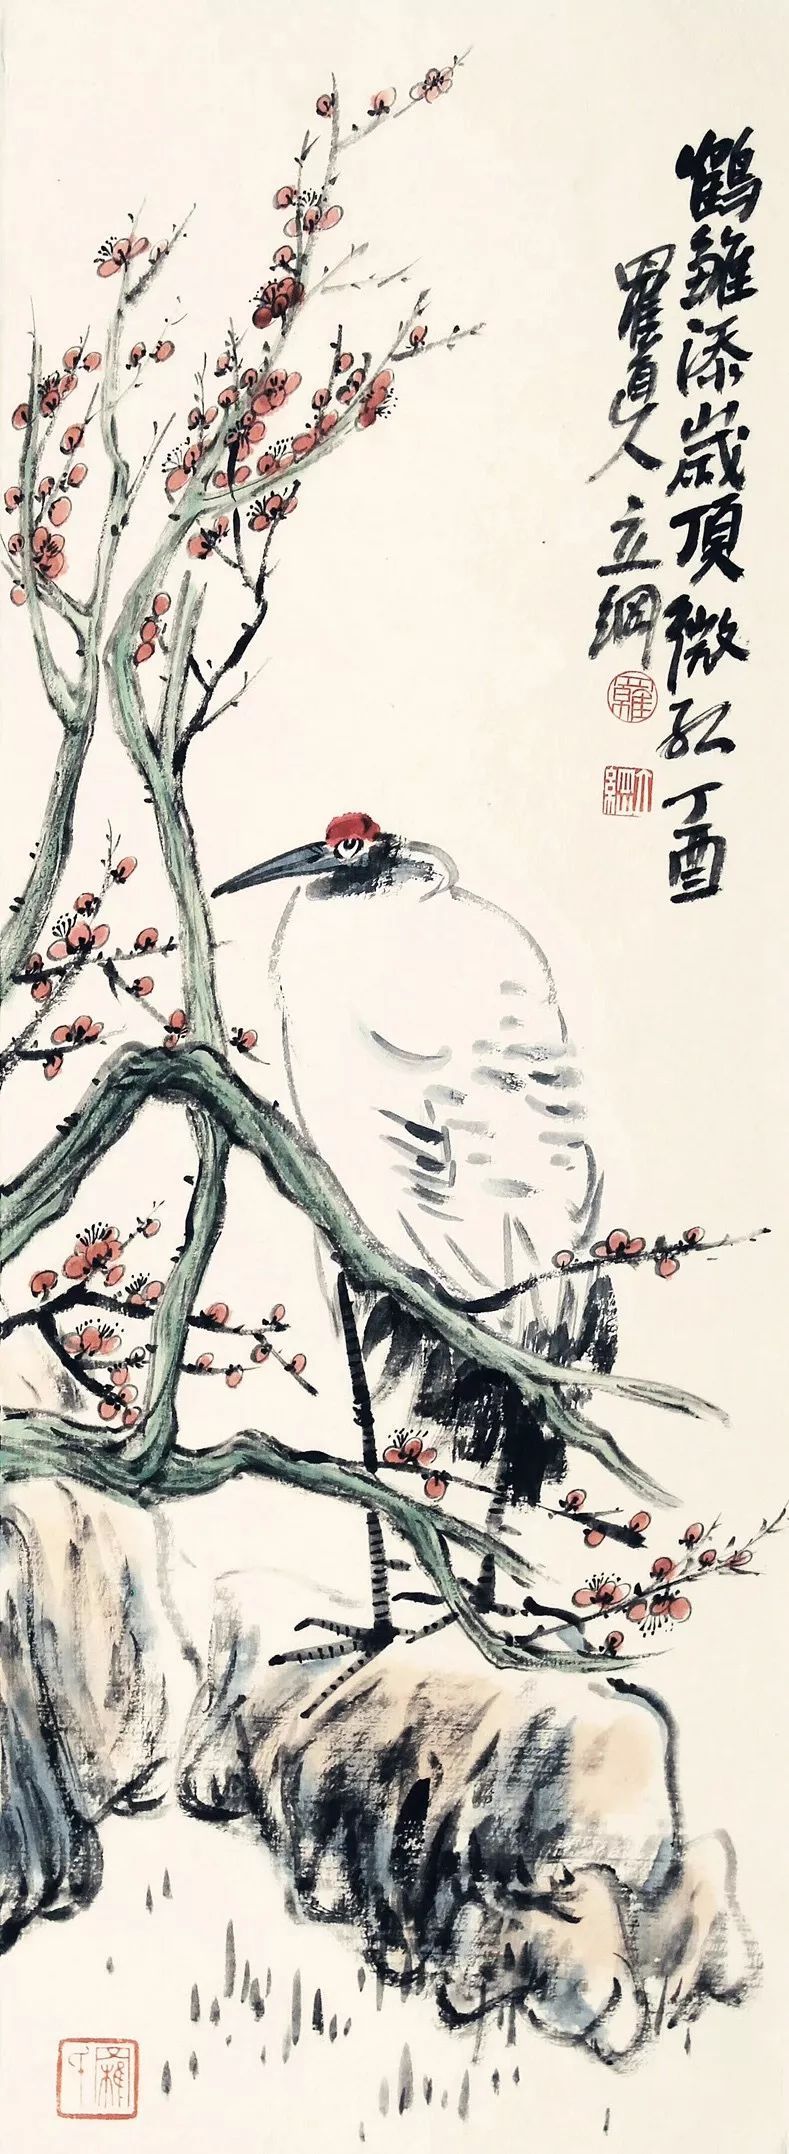
漠漠萧萧，香冻梨花雨。